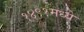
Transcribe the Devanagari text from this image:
१४९१मध्ये